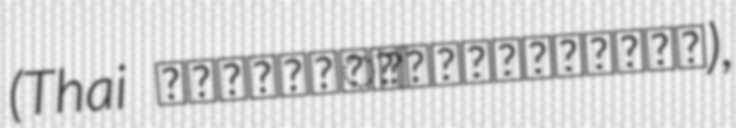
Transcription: (Thai สโมสรฟุตบอลเกาะขวาง),